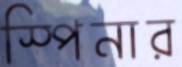
স্পিনার